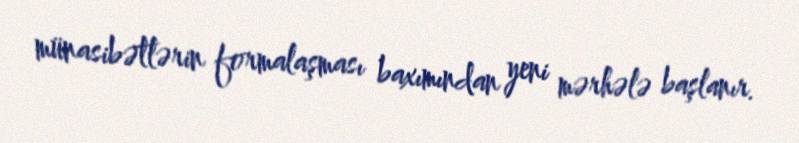
münasibətlərin formalaşması baxımından yeni mərhələ başlanır.